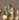
روان